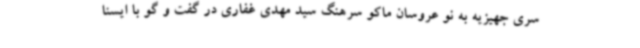
سری جهیزیه به نو عروسان ماکو سرهنگ سید مهدی غفاری در گفت و گو با ایسنا